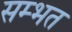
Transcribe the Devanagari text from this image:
सम्भत